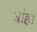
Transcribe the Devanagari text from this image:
बांह।